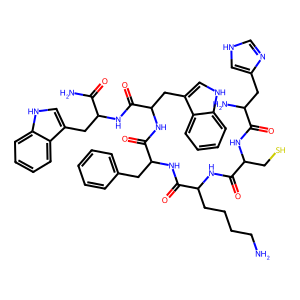
SMILES: NCCCCC(NC(=O)C(CS)NC(=O)C(N)Cc1c[nH]cn1)C(=O)NC(Cc1ccccc1)C(=O)NC(Cc1c[nH]c2ccccc12)C(=O)NC(Cc1c[nH]c2ccccc12)C(N)=O
Inhibits HIV replication: No